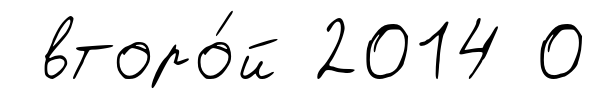
второ́й 2014 0